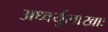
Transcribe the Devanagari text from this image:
अध्वर्युशाखाः